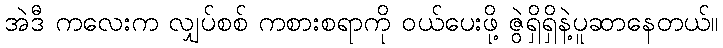
အဲဒီ ကလေးက လျှပ်စစ် ကစားစရာကို ဝယ်ပေးဖို့ ဇွဲရှိရှိနဲ့ပူဆာနေတယ်။